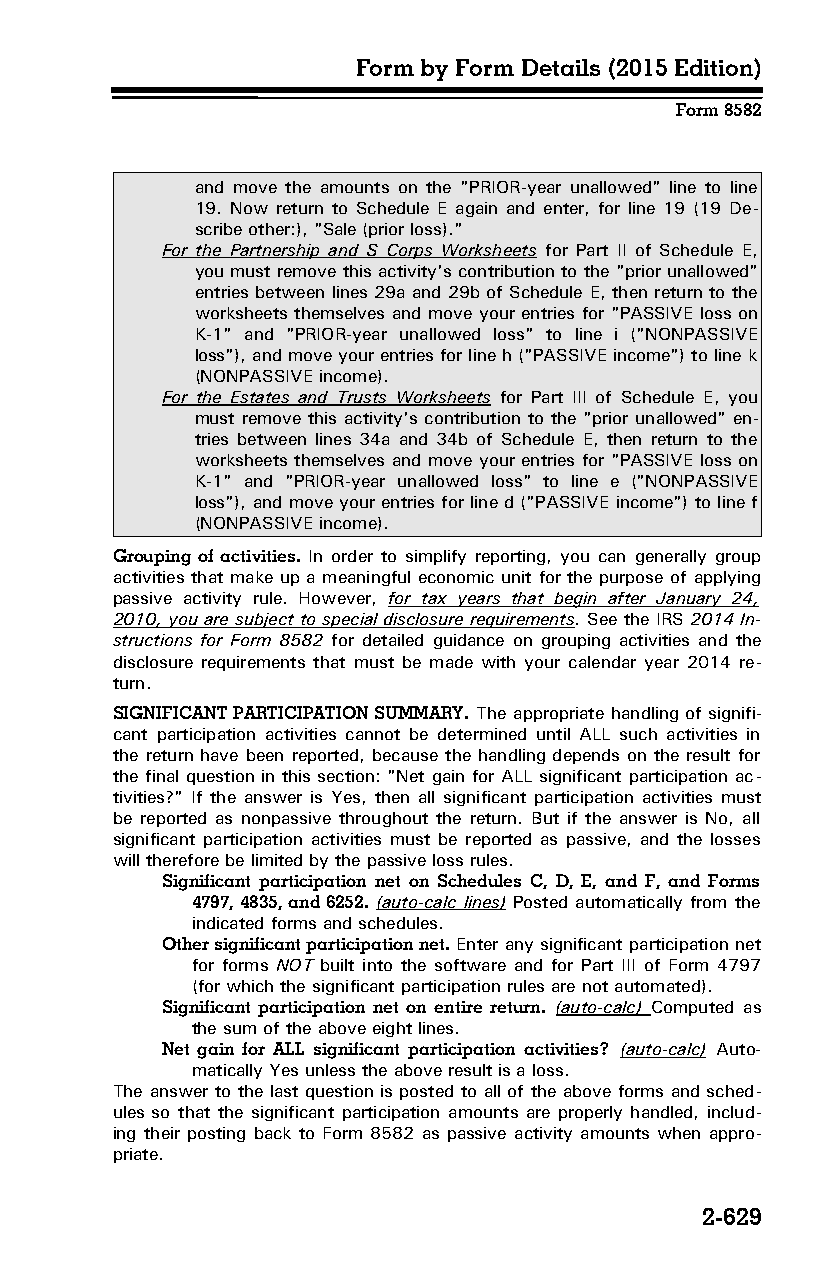
Form by Form Details (2015 Edition)
 Form 8582
 and move the amounts on the "PRIOR-year unallowed" line to line
 19. Now return to Schedule E again and enter, for line 19 (19 De­
 scribe other:), "Sale (prior loss)."
 For the Partnership and S Corps Worksheets for Part II of Schedule E,
 you must remove this activity's contribution to the "prior unallowed"
 entries between lines 29a and 29b of Schedule E, then return to the
 worksheets themselves and move your entries for "PASSIVE loss on
 K-1" and "PRIOR-year unallowed loss" to line i ("NONPASSIVE
 loss"), and move your entries for line h ("PASSIVE income") to line k
 (NONPASSIVE income).
 For the Estates and Trusts Worksheets for Part III of Schedule E, you
 must remove this activity's contribution to the "prior unallowed" en­
 tries between lines 34a and 34b of Schedule E, then return to the
 worksheets themselves and move your entries for "PASSIVE loss on
 K-1" and "PRIOR-year unallowed loss" to line e ("NONPASSIVE
 loss"), and move your entries for line d ("PASSIVE income") to line f
 (NONPASSIVE income).
 Grouping of activities. In order to simplify reporting, you can generally group
 activities that make up a meaningful economic unit for the purpose of applying
 passive activity rule. However, for tax years that begin after January 24,
 2010, you are subject to special disclosure requirements. See the IRS 2014 In­
 structions for Form 8582 for detailed guidance on grouping activities and the
 disclosure requirements that must be made with your calendar year 2014 re­
 turn.
 SIGNIFICANT PARTICIPATION SUMMARY. The appropriate handling of signifi­
 cant participation activities cannot be determined until ALL such activities in
 the return have been reported, because the handling depends on the result for
 the final question in this section: "Net gain for ALL significant participation ac­
 tivities?" If the answer is Yes, then all significant participation activities must
 be reported as nonpassive throughout the return. But if the answer is No, all
 significant participation activities must be reported as passive, and the losses
 will therefore be limited by the passive loss rules.
 Significant participation net on Schedules C, D, E, and F, and Forms
 4797, 4835, and 6252. (auto-calc lines) Posted automatically from the
 indicated forms and schedules.
 Other significant participation net. Enter any significant participation net
 for forms NOT built into the software and for Part III of Form 4797
 (for which the significant participation rules are not automated).
 Significant participation net on entire return. (auto-calc) Computed as
 the sum of the above eight lines.
 Net gain for ALL significant participation activities? (auto-calc) Auto­
 matically Yes unless the above result is a loss.
 The answer to the last question is posted to all of the above forms and sched­
 ules so that the significant participation amounts are properly handled, includ­
 ing their posting back to Form 8582 as passive activity amounts when appro­
 priate.
 2-629